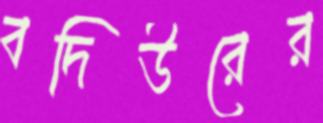
বদিউরের